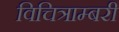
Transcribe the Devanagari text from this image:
विचित्राम्बरी